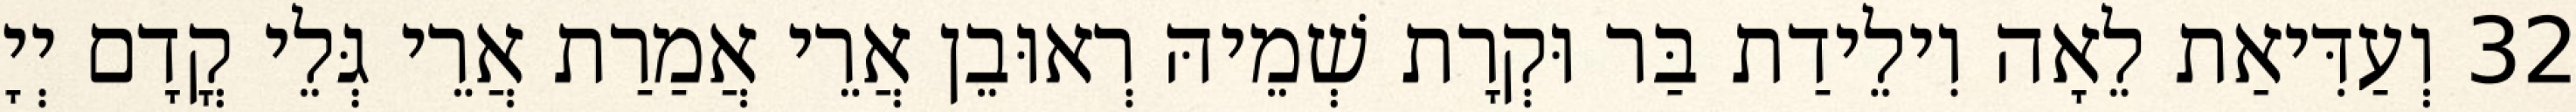
32 וְעַדִּיאַת לֵאָה וִילֵידַת בַּר וּקְרָת שְׁמֵיהּ רְאוּבֵן אֲרֵי אֲמַרַת אֲרֵי גְּלֵי קֳדָם יְיָ